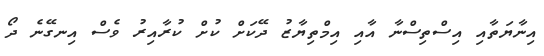
އިނާޔަތާއި އިސްތިސްނާ އާއި އިމްތިޔާޒު ދޭކަށް ކުށް ކުރާއިރު ވެސް އިނގޭނެ ދޯ